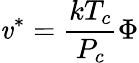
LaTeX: \mathit{v}^{*}={\frac{{kT_{c}}}{{P_{c}}}}\Phi